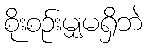
စိုးစဉ်းမျှမရှိဘဲ